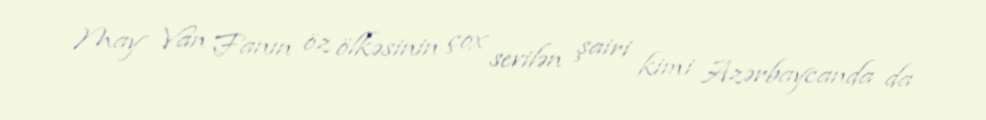
May Van Fanın öz ölkəsinin çox sevilən şairi kimi Azərbaycanda da